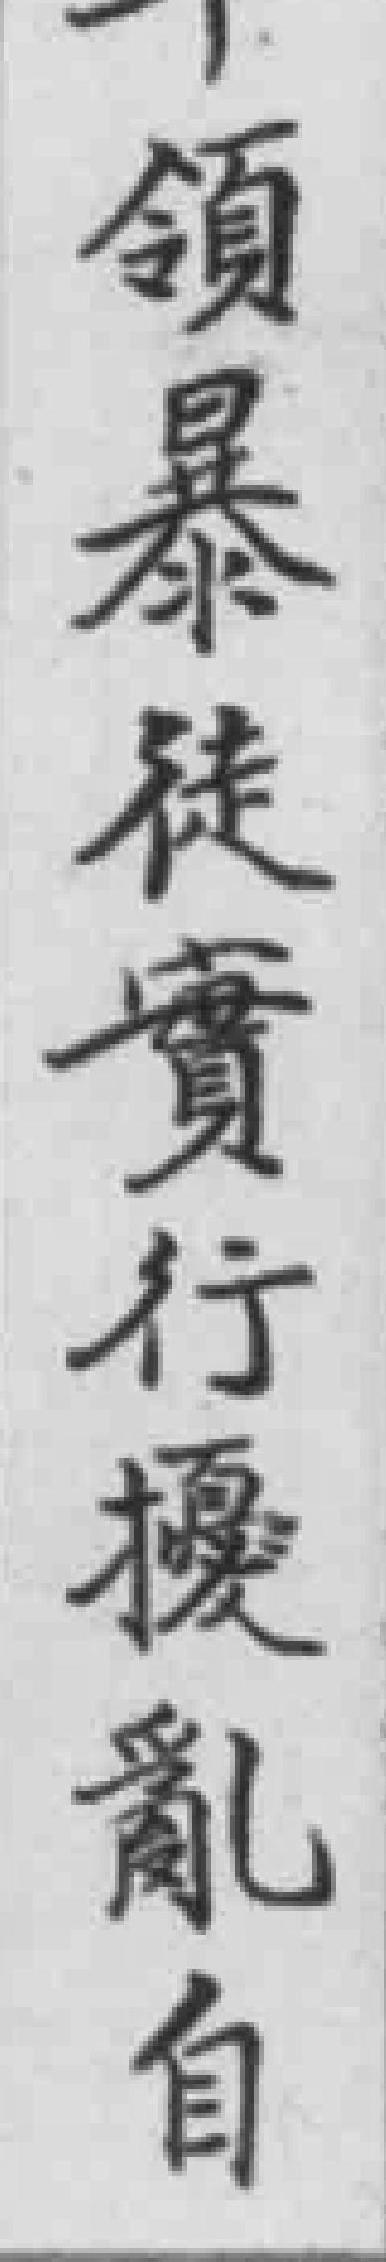
領暴徒實行擾亂自